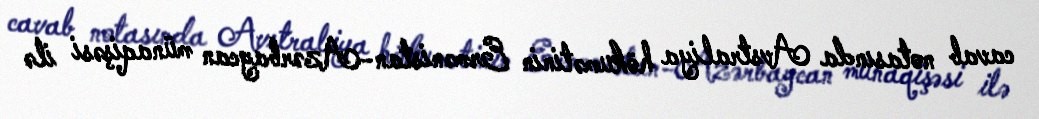
cavab notasında Avstraliya hökumətinin Ermənistan-Azərbaycan münaqişəsi ilə